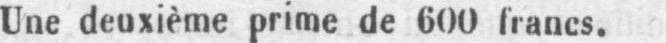
Une deuxième prime de 600 francs.